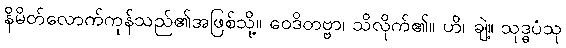
နိမိတ်လောက်ကုန်သည်၏အဖြစ်သို့။ ဝေဒိတဗ္ဗာ၊ သိလိုက်၏။ ဟိ၊ ချဲ့။ သုဒ္ဓပံသု